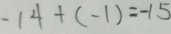
- 1 4 + ( - 1 ) = - 1 5